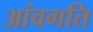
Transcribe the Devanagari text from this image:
आंवगति